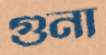
গুনা